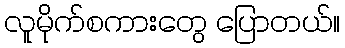
လူမိုက်စကားတွေ ပြောတယ်။